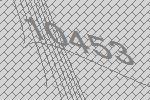
10453